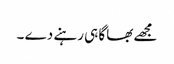
مجھے بھاگا ہی رہنے دے ۔